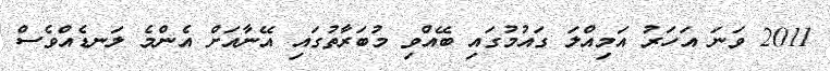
2011 ވަނަ އަހަރު އަމިއްލަ ގައުމުގައި ބޭއްވި މުބަރާތުގައި އޭނާއަށް އެންމެ ލަނޑެއްވެސް